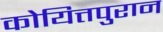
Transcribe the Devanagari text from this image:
कोयित्तपुरान